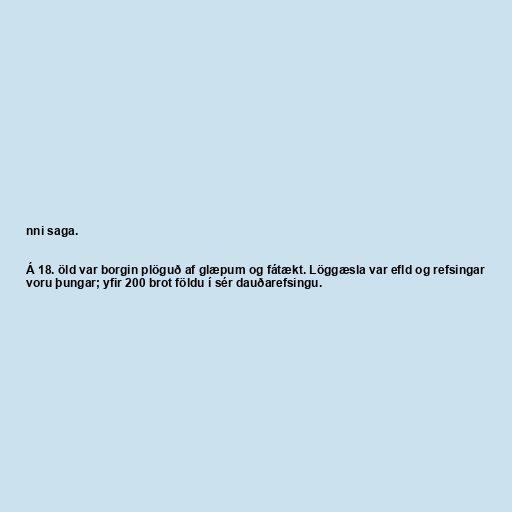
nni saga.

Á 18. öld var borgin plöguð af glæpum og fátækt. Löggæsla var efld og refsingar
voru þungar; yfir 200 brot földu í sér dauðarefsingu.